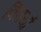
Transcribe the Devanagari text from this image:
क्तियों